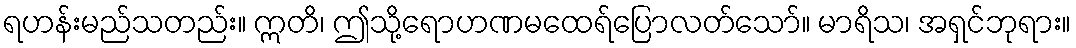
ရဟန်းမည်သတည်း။ ဣတိ၊ ဤသို့ရောဟဏမထေရ်ပြောလတ်သော်။ မာရိသ၊ အရှင်ဘုရား။